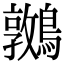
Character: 𪆝